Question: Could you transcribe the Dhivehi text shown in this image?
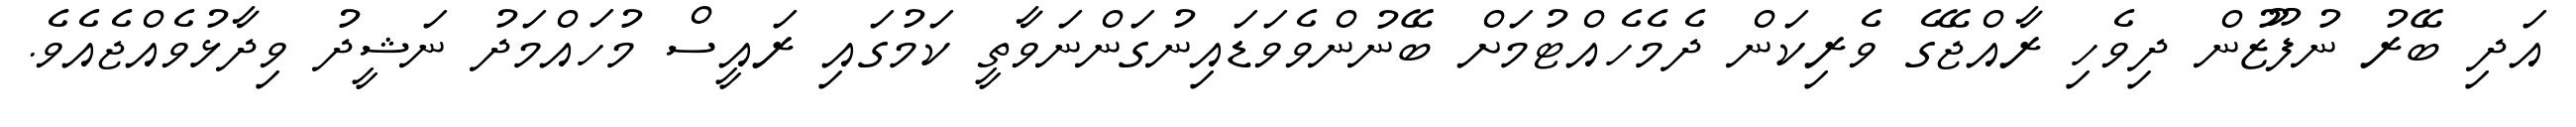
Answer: އަދި ބޭރު ނުފޫޒުން ދިވެހި ރާއްޖޭގެ ވެރިކަން ދެމެހެއްޓުމަށް ބޭނުންވެވަޑައިނުގަންނަވާތީ ކަމުގައި ރައީސް މުހައްމަދު ނަޝީދު ވިދާޅުވެއްޖެއެވެ.